system: You are a helpful assistant.
user:
Analyze the provided spectrum to determine if it is a **"Cataclysmic Variables (CV)"**.

- **Key Indicators for CV (Check for either state):**
    - **State 1: Quiescent / Low-State (Emission-Dominated)**
        - **(Primary):** Strong and *very broad* Hydrogen Balmer emission lines (e.g., $H\alpha$ at 6563 Å, $H\beta$ at 4861 Å). The 'broadness' (high velocity dispersion, often FWHM > 1000 km/s) is the key diagnostic, indicating a high-velocity accretion disk.
        - **(Secondary):** Broad neutral Helium (He I) emission lines (e.g., 5876 Å, 6678 Å).
        - **(Key Confirmation):** Presence of high-excitation *ionized* Helium (He II) emission at 4686 Å. This is a strong indicator of accretion onto a white dwarf.
        - **(Line Profile):** Emission lines may exhibit a 'double-peaked' profile, which is a classic signature of a rotating accretion disk viewed at high inclination.

    - **State 2: Outburst / High-State (Absorption-Dominated)**
        - **(Primary):** Spectrum is dominated by a bright, blue continuum (looks like a hot star).
        - **(Secondary):** The emission lines from State 1 are weak, absent, or 'filled in', and are replaced by broad, shallow *absorption* lines (primarily Balmer and He I).
        - **(Morphology):** The overall spectrum mimics a hot B/A-type star. The crucial difference is that the absorption lines are significantly broader, shallower, and more 'washed-out' (or 'smeared') than the sharp lines of a normal stellar photosphere, due to high rotational speeds and pressure broadening in the disk.

Think first, call **spectral_visualization_tool** if needed to examine features in detail, then provide your final answer. Your response must adhere to the following strict rules:
1.  **Overall Structure:** Your response must follow the format `<think>...</think> <tool_call>...</tool_call> (if a tool is used) <answer>...</answer>`.
2.  **Tool Usage Constraint:** You may only make **one** tool call per turn.
3.  **Final Answer Format:** In the `<answer>` tag, your conclusion must be inside a `\boxed{}` command (e.g., `\boxed{YES}`), followed by your justification.

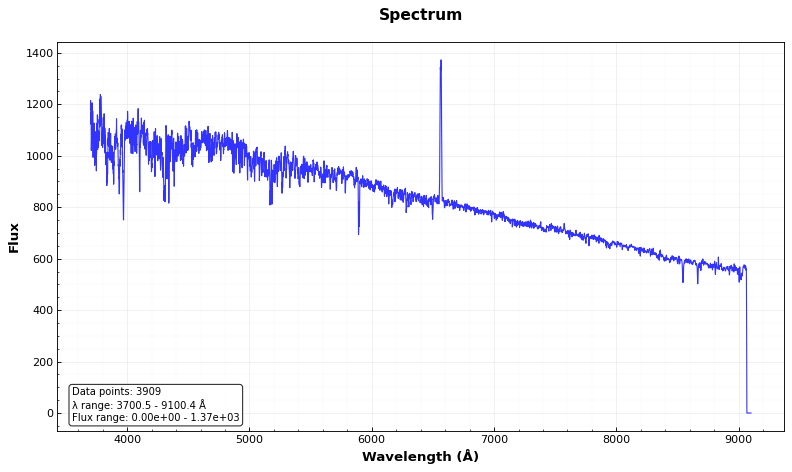
Answer: NO